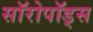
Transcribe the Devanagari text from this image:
सॉरोपॉड्स